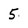
Character: 5